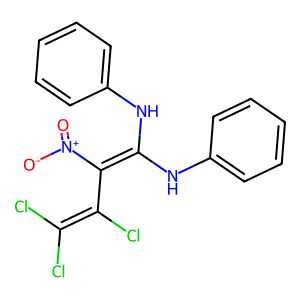
SMILES: O=[N+]([O-])C(=C(Nc1ccccc1)Nc1ccccc1)C(Cl)=C(Cl)Cl
Inhibits HIV replication: No